画像に写った文字を読んでください
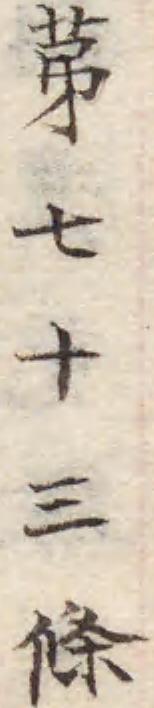
「苐七十三條」と書いてあります